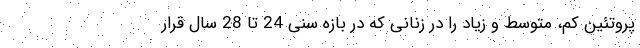
پروتئین کم، متوسط و زیاد را در زنانی که در بازه سنی 24 تا 28 سال قرار